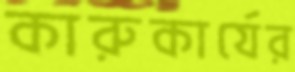
কারুকার্যের